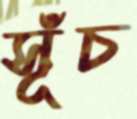
সূঁচ